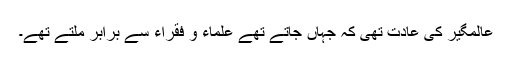
عالمگیرؒ کی عادت تھی کہ جہاں جاتے تھے علماء و فقراء سے برابر ملتے تھے۔